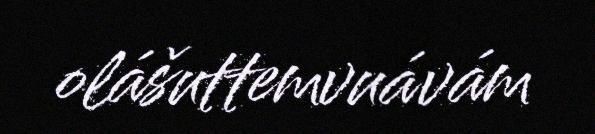
olášuttemvuávám